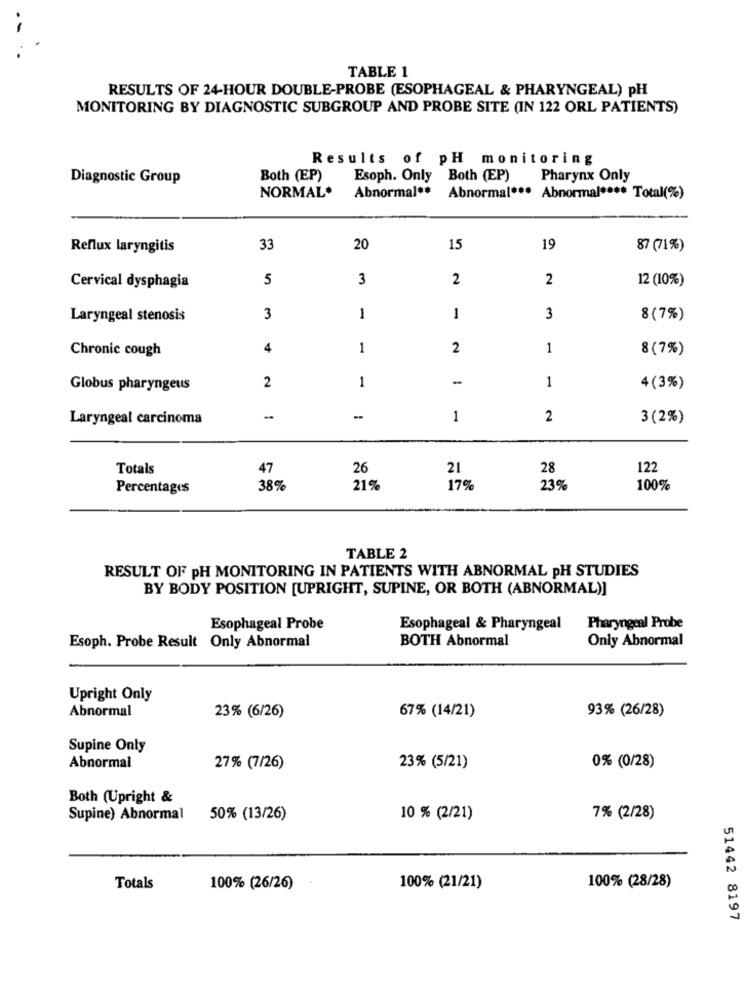
TABLE 1
RESULTS OF 24-HOUR DOUBLE-PROBE (ESOPHAGEAL & PHARYNGEAL) PH
MONITORING BY DIAGNOSTIC SUBGROUP AND PROBE SITE (IN 122 ORL PATIENTS)
Results of pH monitoring
Diagnostic Group
Both (EP)
Esoph. Only
Both (EP)
Pharynx Only
Abnormal **
NORMAL*
Abnormal *** Abnormal **** Total(%)
Reflux laryngitis
33
20
15
19
87 ( 71 %)
5
3
2
2
12 (10%)
Cervical dysphagia
Laryngeal stenosis
3
1
1
3
8(7%)
Chronic cough
4
1
2
1
8(7%)
-
1
Globus pharyngeus
2
1
4 (3%)
Laryngeal carcinoma
1
2
3 (2%)
Totals
47
26
21
28
122
Percentages
38%
21%
17%
23%
100%
TABLE 2
RESULT OF PH MONITORING IN PATIENTS WITH ABNORMAL PH STUDIES
BY BODY POSITION [UPRIGHT, SUPINE, OR BOTH (ABNORMAL)]
Esophageal Probe
Esophageal & Pharyngeal
Pharyngeal Probe
BOTH Abnormal
Only Abnormal
Esoph. Probe Result Only Abnormal
Upright Only
Abnormal
67% (14/21)
93% (26/28)
23% (6/26)
Supine Only
Abnormal
27% (7/26)
23% (5/21)
0% (0/28)
Both (Upright &
Supine) Abnormal
50% (13/26)
10 % (2/21)
7% (2/28)
Totals
100% (26/26)
100% (21/21)
100% (28/28)
51442 8197